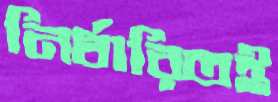
নির্ধারিতই